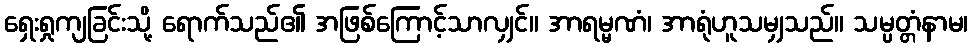
ရှေးရှုကျခြင်းသို့ ရောက်သည်၏ အဖြစ်ကြောင့်သာလျှင်။ အာရမ္မဏံ၊ အာရုံဟူသမျှသည်။ သမ္ပတ္တံနာမ၊